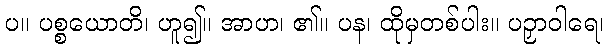
ပ။ ပစ္စယောတိ၊ ဟူ၍။ အာဟ၊ ၏။ ပန၊ ထိုမှတစ်ပါး။ ပဉှာဝါရေ၊